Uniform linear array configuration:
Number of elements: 24
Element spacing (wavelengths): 1
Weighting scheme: hamming
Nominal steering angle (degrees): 0
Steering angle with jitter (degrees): -0.2582
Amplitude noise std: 0.05
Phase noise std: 0.05

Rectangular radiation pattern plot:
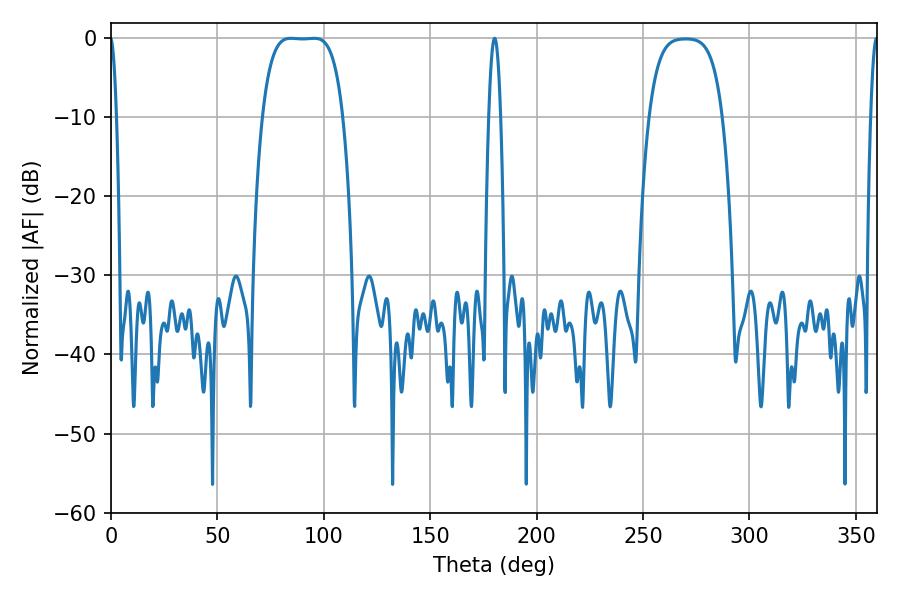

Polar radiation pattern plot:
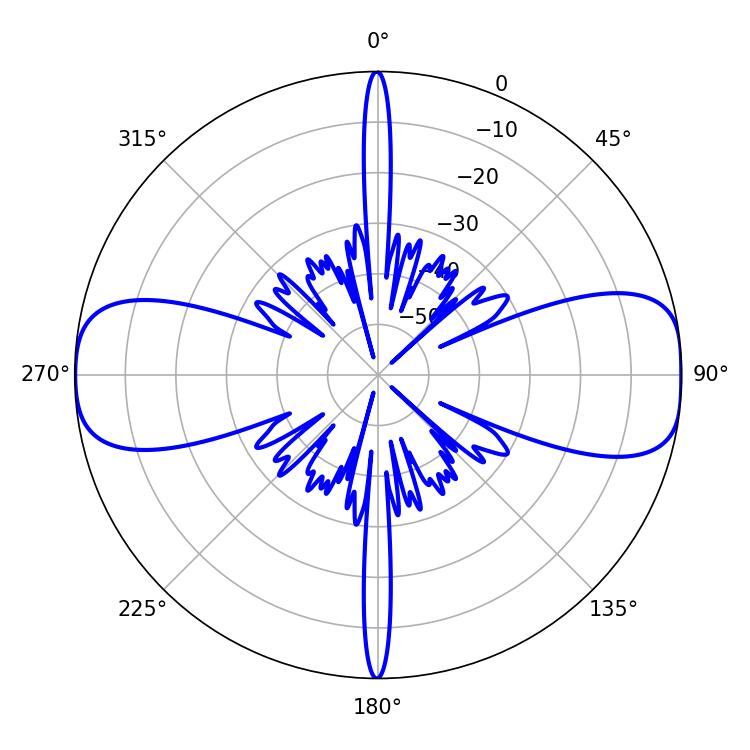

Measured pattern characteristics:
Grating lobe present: TRUE
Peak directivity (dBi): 13.791
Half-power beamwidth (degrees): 29.16
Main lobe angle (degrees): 84.6